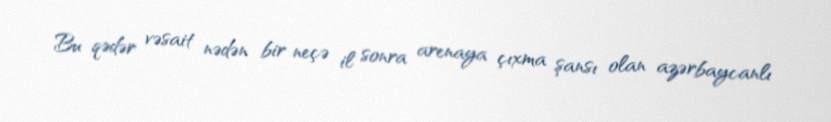
Bu qədər vəsait nədən bir neçə il sonra arenaya çıxma şansı olan azərbaycanlı